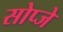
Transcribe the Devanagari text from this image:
सोप्जे